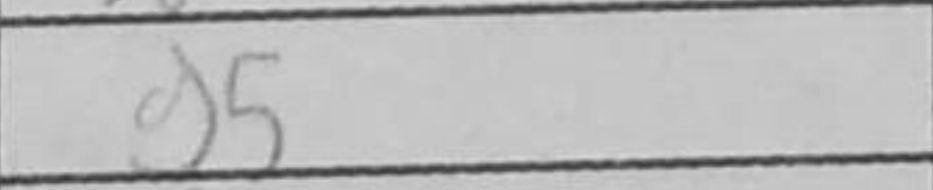
Transcription: g5